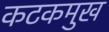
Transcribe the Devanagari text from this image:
कटकमुख